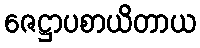
ဇေဋ္ဌာပစာယိတာယ